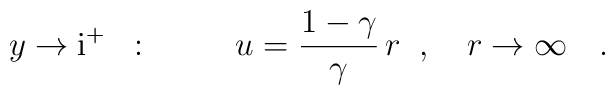
y\to\mbox{i}^+\;\; :\;\;\qquad u=\frac{1-\gamma}{\gamma}\,r\;\; ,\quad r\to\infty \quad .